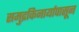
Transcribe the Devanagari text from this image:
समुद्रकिनार्यापासून